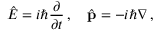
{ \hat { E } } = i \hbar { \frac { \partial } { \partial t } } \, , \quad { \hat { \mathbf { p } } } = - i \hbar \nabla \, ,